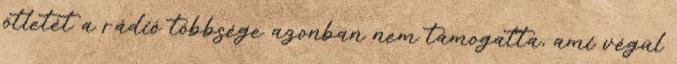
ötletét a rádió többsége azonban nem támogatta, ami végül